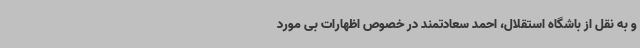
و به نقل از باشگاه استقلال، احمد سعادتمند در خصوص اظهارات بی مورد